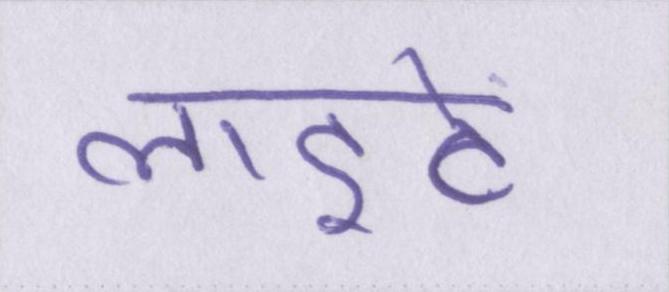
लाइटें